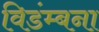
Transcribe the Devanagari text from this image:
विडंम्बना